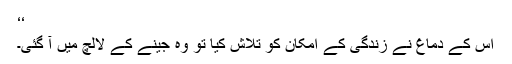
‘‘
اس کے دماغ نے زندگی کے امکان کو تلاش کیا تو وہ جینے کے لالچ میں آ گئی۔